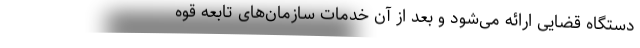
دستگاه قضایی ارائه می‌شود و بعد از آن خدمات سازمان‌های تابعه قوه